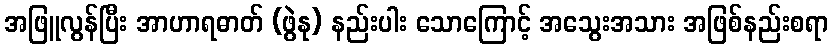
အဖြူလွန်ပြီး အာဟာရဓာတ် (ဖွဲနု) နည်းပါး သောကြောင့် အသွေးအသား အဖြစ်နည်းစရာ